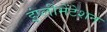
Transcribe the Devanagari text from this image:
इंप्लीमेंटेशन